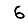
Digit: 6